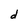
Character: d